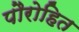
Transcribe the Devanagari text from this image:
पौरोहित